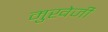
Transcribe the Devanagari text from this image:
मुखेर्जी